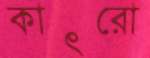
কাৎরো